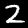
Digit: 2